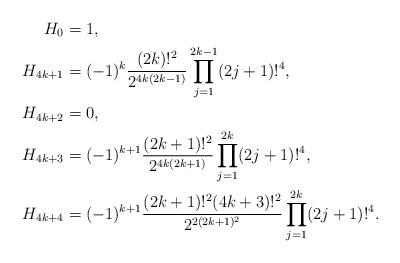
LaTeX: \begin{align*}H_0&=1, \\H_{4k+1} &= (-1)^{k} \frac{(2k)!^2}{2^{4k(2k-1)}} \prod_{j=1}^{2k-1} (2j+1)!^4, \\H_{4k+2}&=0,\\H_{4k+3} &= (-1)^{k+1}\frac{(2k+1)!^2}{2^{4k(2k+1)}} \prod_{j=1}^{2k} (2j+1)!^4,\\H_{4k+4} &= (-1)^{k+1}\frac{(2k+1)!^2(4k+3)!^2}{2^{2(2k+1)^2}} \prod_{j=1}^{2k} (2j+1)!^4.\end{align*}